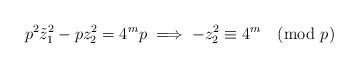
LaTeX: \begin{align*} p^{2} \Tilde{z}_{1}^{2} - pz_{2}^{2} = 4^{m}p \implies -z_{2}^{2} \equiv 4^{m} \pmod p\end{align*}